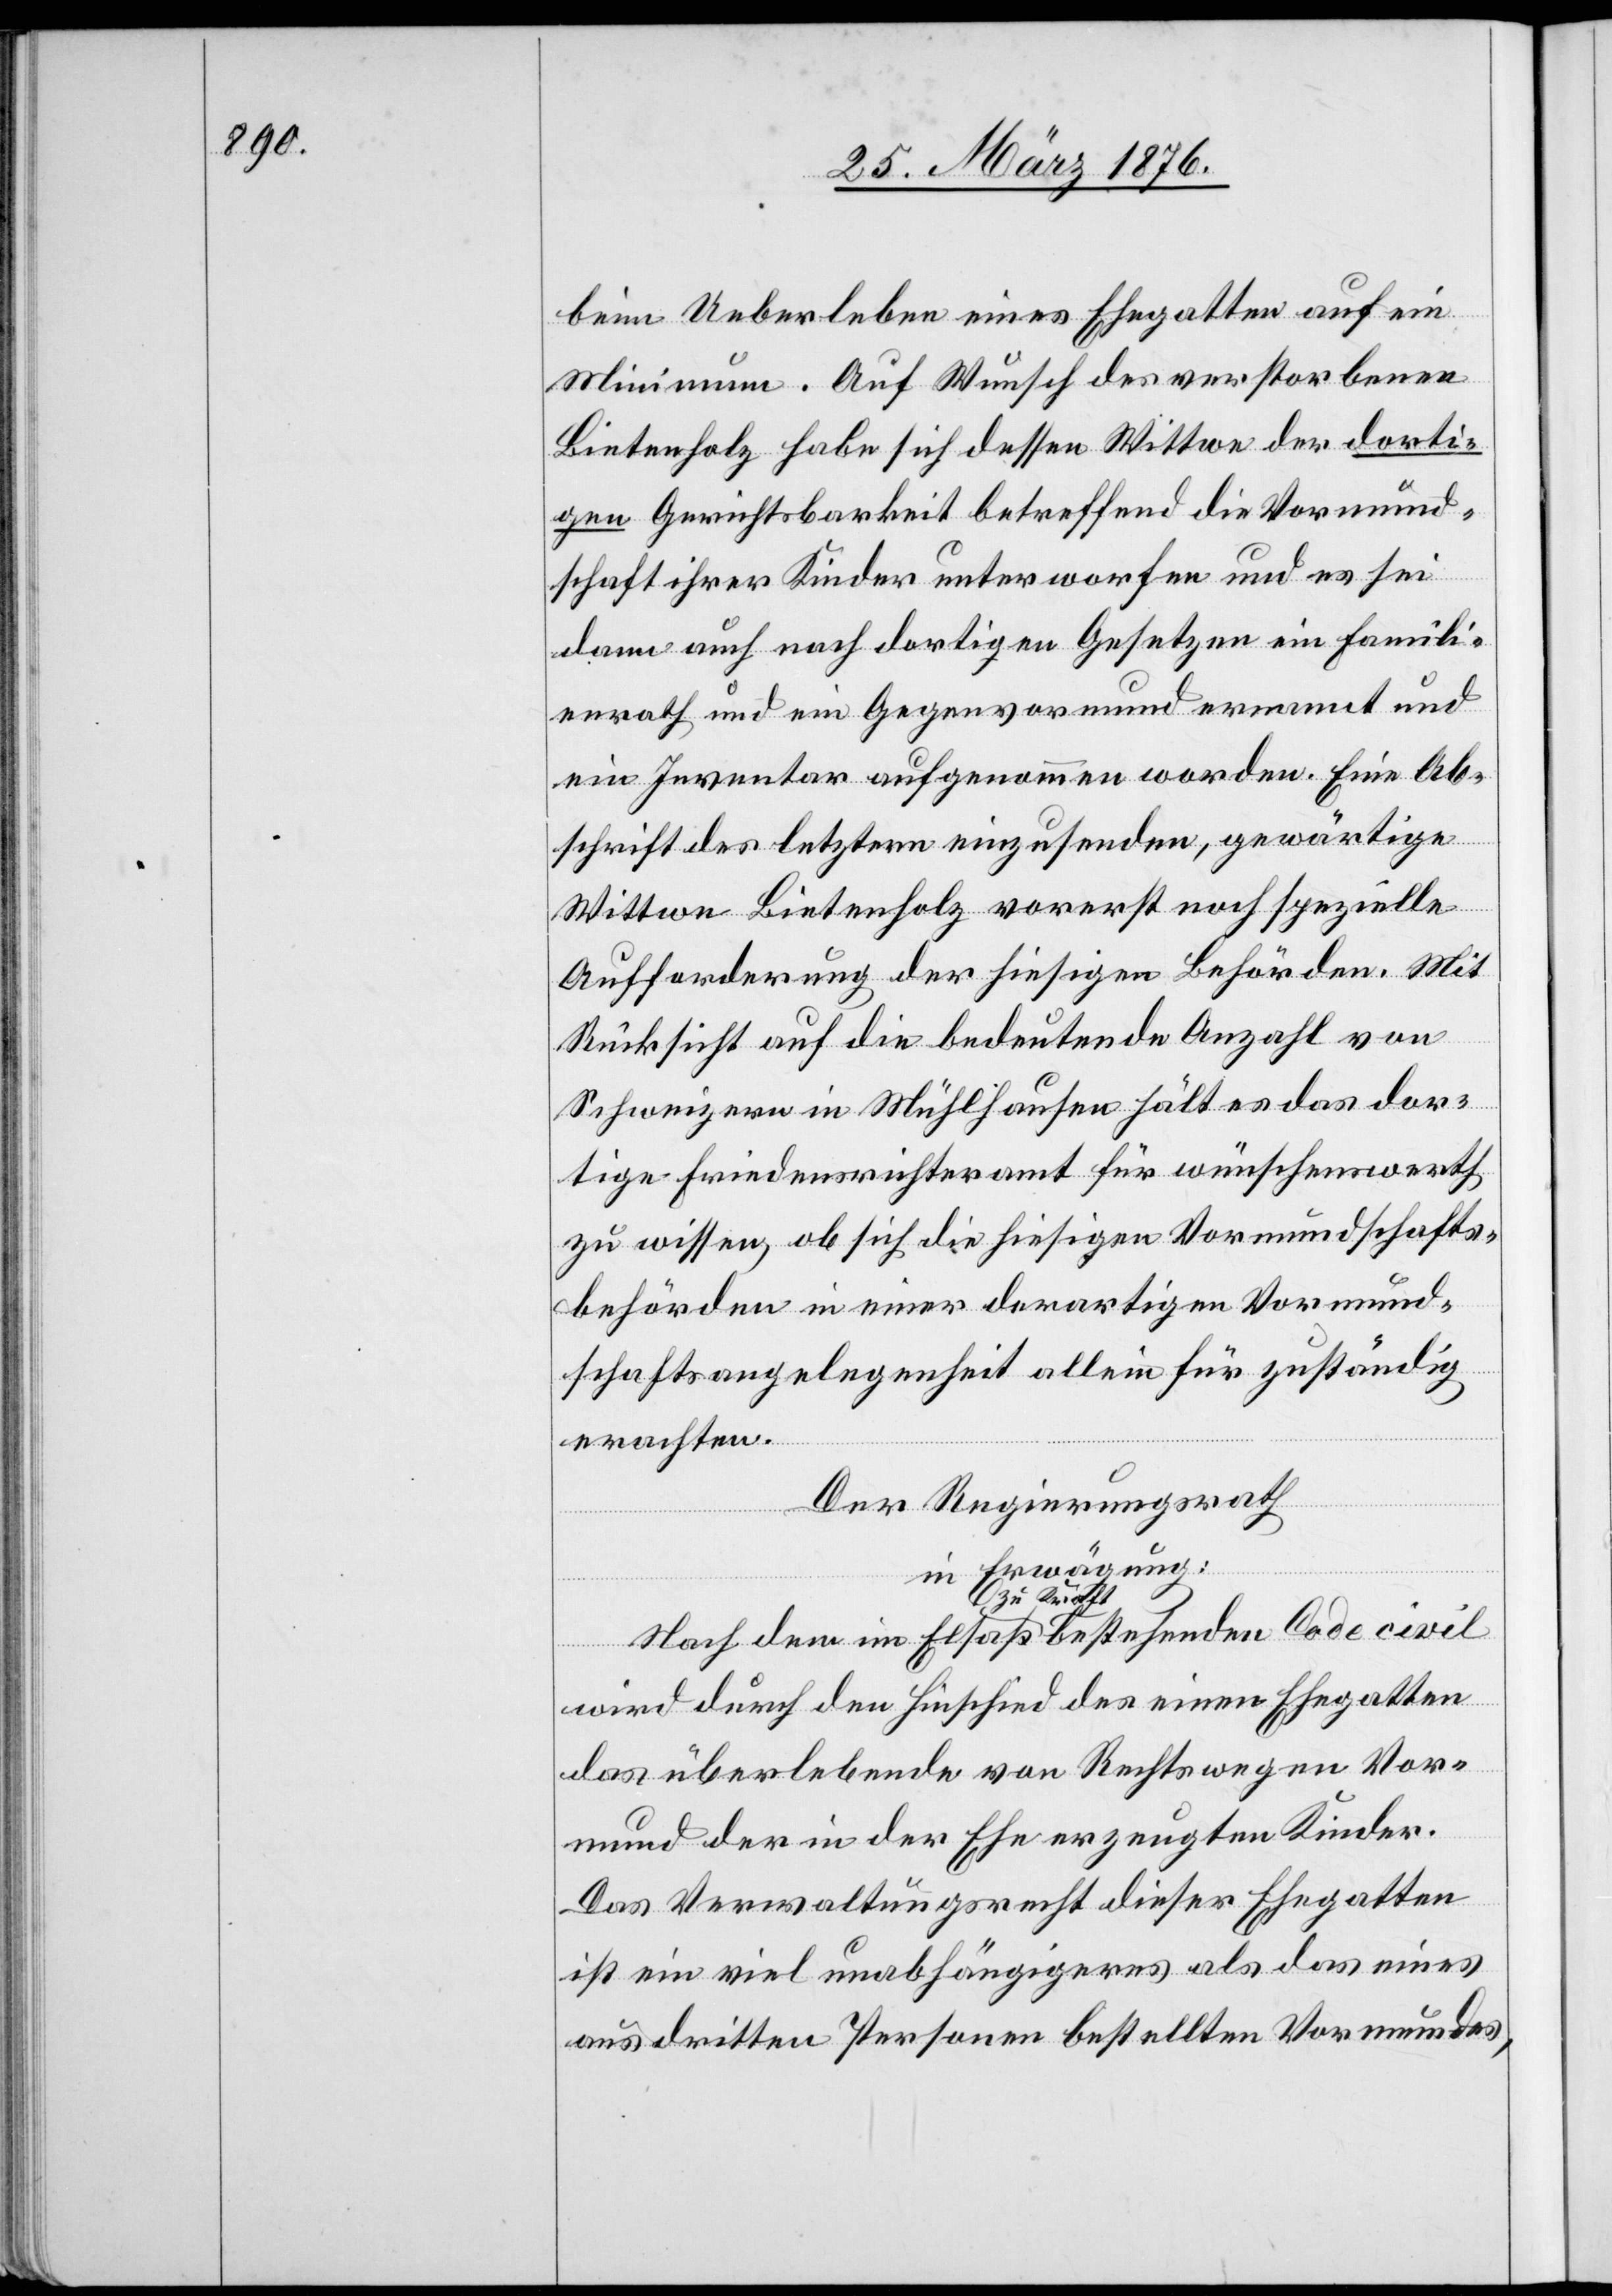
beim Ueberleben eines Ehegatten auf ein
Minimum. Auf Wunsch des verstorbenen
Bietenholz habe sich dessen Wittwe der dorti¬
gen Gerichtsbarkeit betreffend die Vormund¬
schaft ihrer Kinder unterworfen und es sei
dann auch nach dortigen Gesetzen ein Famili¬
enrath und ein Gegenvormund ernannt und
ein Inventar aufgenommen worden. Eine Ab¬
schrift des letztern einzusenden, gewärtige
Wittwe Bietenholz vorerst noch spezielle
Aufforderung der hiesigen Behörden. Mit
Rücksicht auf die bedeutende Anzahl von
Schweizern in Mühlhausen hält es das dor¬
tige Friedensrichteramt für wünschenswerth
zu wissen, ob sich die hiesigen Vormundschafts¬
behörden in einer derartigen Vormund¬
schaftsangelegenheit allein für zuständig
erachten.
Der Regierungsrath
im
in Erwägung:
wird durch den Hinschied des einen Ehegatten
das überlebende von Rechts wegen Vor¬
mund der in der Ehe erzeugten Kinder.
Das Verwaltungsrecht dieser Ehegatten
ist ein viel unabhängigeres als das eines
aus dritten Personen bestellten Vormundes,